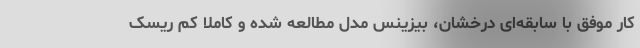
کار موفق با سابقه‌‌ای درخشان، بیزینس مدل مطالعه شده و کاملا کم ریسک